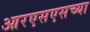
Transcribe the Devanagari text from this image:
आरएसएसच्या